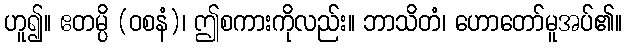
ဟူ၍။ ဧတမ္ပိ (ဝစနံ)၊ ဤစကားကိုလည်း။ ဘာသိတံ၊ ဟောတော်မူအပ်၏။